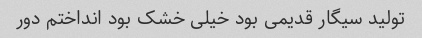
تولید سیگار قدیمی بود خیلی خشک بود انداختم دور